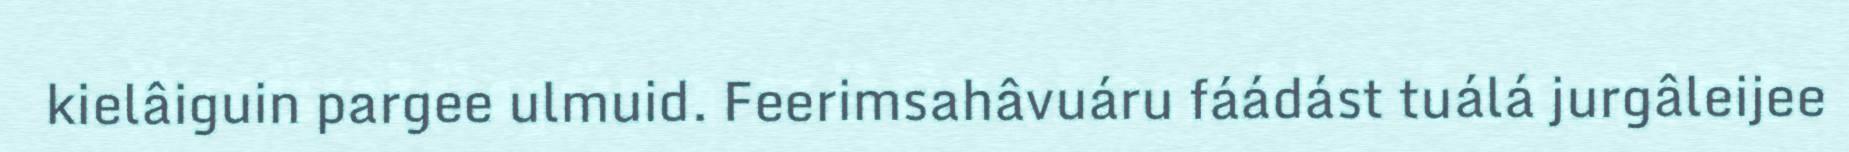
kielâiguin pargee ulmuid. Feerimsahâvuáru fáádást tuálá jurgâleijee